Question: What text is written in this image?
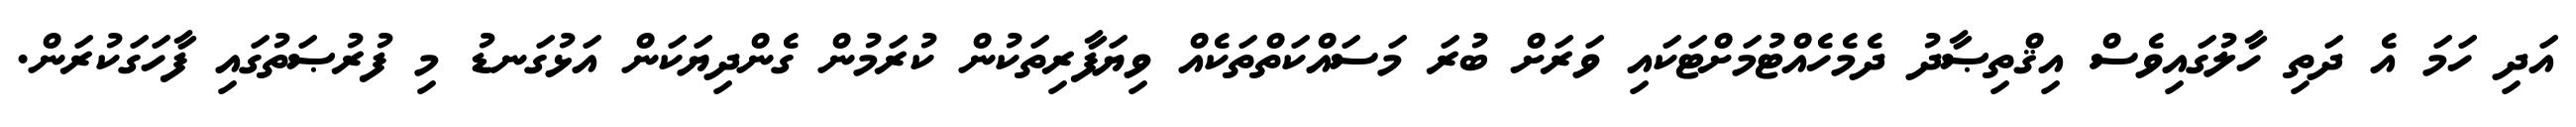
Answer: އަދި ހަމަ އެ ދަތި ހާލުގައިވެސް އިޤްތިޞާދު ދެމެހެއްޓުމަށްޓަކައި ވަރަށް ބުރަ މަސައްކަތްތަކެއް ވިޔަފާރިތަކުން ކުރަމުން ގެންދިޔަކަން އަޅުގަނޑު މި ފުރުޞަތުގައި ފާހަގަކުރަން.